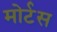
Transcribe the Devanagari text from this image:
मोर्टस